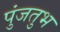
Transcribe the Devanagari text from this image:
पुंजतुभ